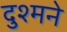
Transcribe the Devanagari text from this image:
दुश्मने